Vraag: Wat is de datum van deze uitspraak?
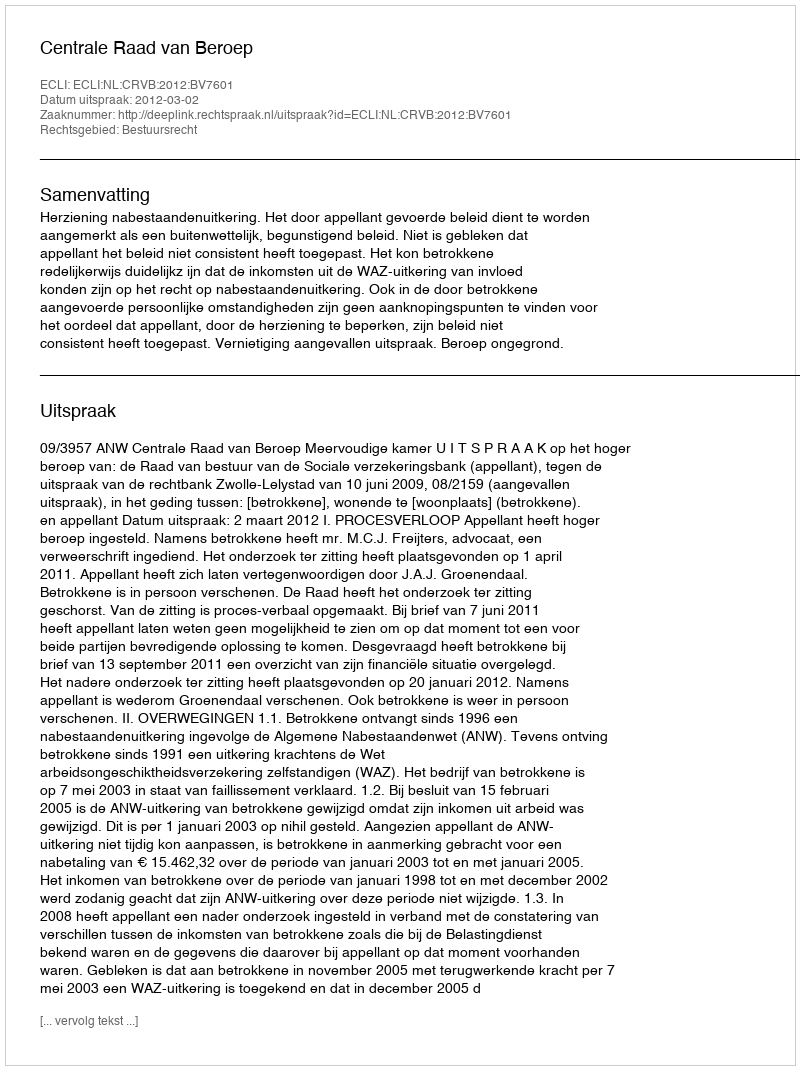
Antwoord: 2012-03-02